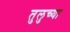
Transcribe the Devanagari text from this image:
तुलुच्या